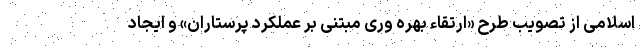
اسلامی از تصویب طرح «ارتقاء بهره وری مبتنی بر عملکرد پرستاران» و ایجاد